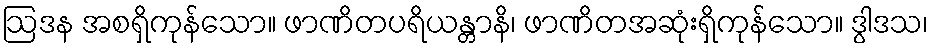
ဩဒန အစရှိကုန်သော။ ဖာဏိတပရိယန္တာနိ၊ ဖာဏိတအဆုံးရှိကုန်သော။ ဒွါဒသ၊